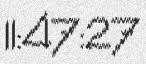
11:47:27